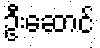
ဦးဆောင်